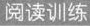
阅读训练